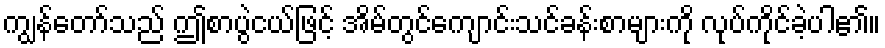
ကျွန်တော်သည် ဤစာပွဲငယ်ဖြင့် အိမ်တွင်ကျောင်းသင်ခန်းစာများကို လုပ်ကိုင်ခဲ့ပါ၏။